Civil Veterinary Dept. Assam report 1911-1927 - 1911-1927
Year: 1911
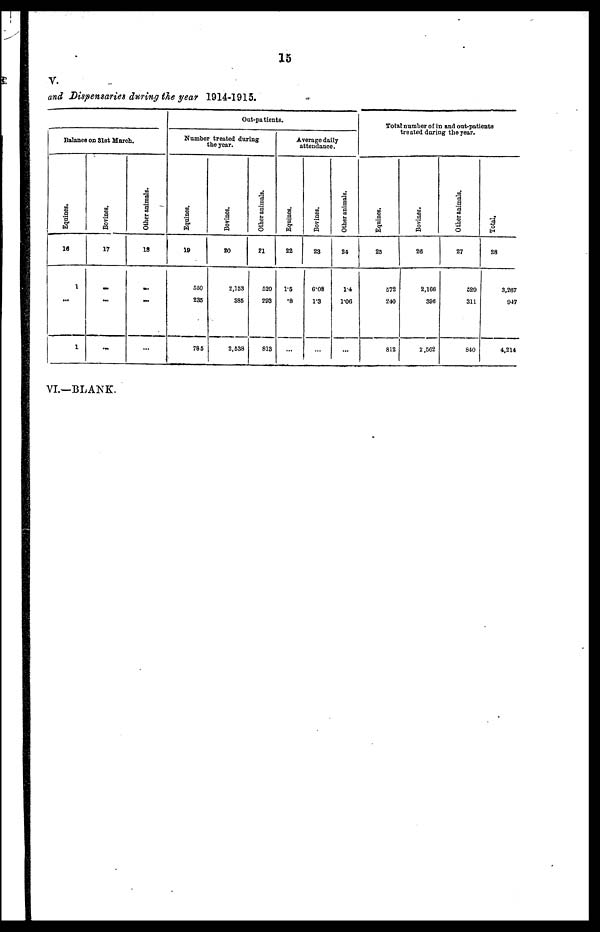
15
V.
and Dispensaries during the year 1914-1915.
Out-patients.
Balance on 31st March.
Equines.
16
1
...
1
Bovines.
17
...
...
...
Other animals.
18
...
...
...
Number treated during
the year.
Equines.
19
550
235
785
Bovines.
20
2,153
885
2,538
Other animals.
21
520
293
813
Average daily
attendance.
Equines.
22
1.5
.8
...
Bovines.
23
6'08
1.3
...
Other animals.
24
1.4
1.06
...
Total number of in and out-patients
treated daring the year.
Equines.
25
572
240
812
Bovines.
26
2,166
396
2,562
Other animals.
27
529
311
840
Total.
28
3,267
947
4,214
VI.—BLANK.